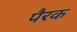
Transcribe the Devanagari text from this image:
पैरक